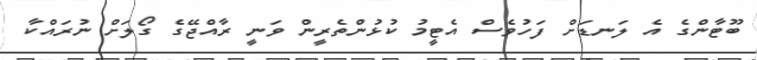
ބޫޓާންގެ އެ ލަނޑަށް ފަހުވެސް އެޓީމު ކުޅުންތެރީން ވަނީ ރާއްޖޭގެ ގޯލަށް ނުރައްކާ